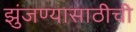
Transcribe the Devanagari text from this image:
झुंजण्यासाठीची